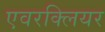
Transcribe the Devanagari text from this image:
एवरक्लियर